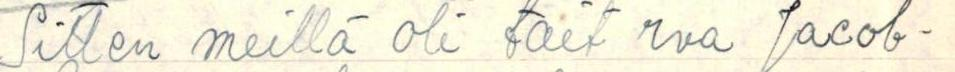
Sitten meillä oli tait rva Jacob-